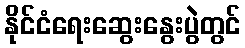
နိုင်ငံရေးဆွေးနွေးပွဲတွင်